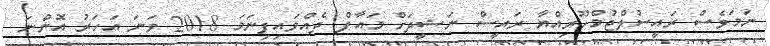
ނަމަވެސް ރައީސުލްޖުމްހޫރިއްޔާ ރައީސް ނަޝީދަށް މައާފް ދެއްވައިފިނަމަ 2018 ވަނަ އަހަރު އޮންނަ